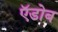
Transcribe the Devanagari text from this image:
ऍडोब